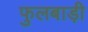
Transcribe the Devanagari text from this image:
फुलबाड़ी